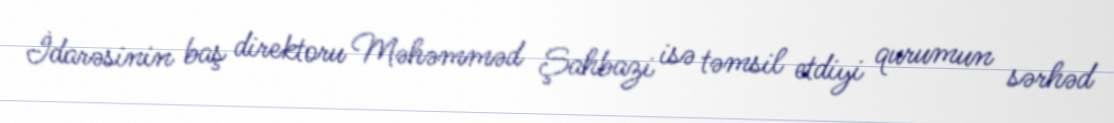
İdarəsinin baş direktoru Məhəmməd Şahbazi isə təmsil etdiyi qurumun sərhəd